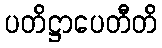
ပတိဋ္ဌာပေတီတိ